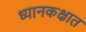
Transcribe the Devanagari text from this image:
ध्यानकक्षात